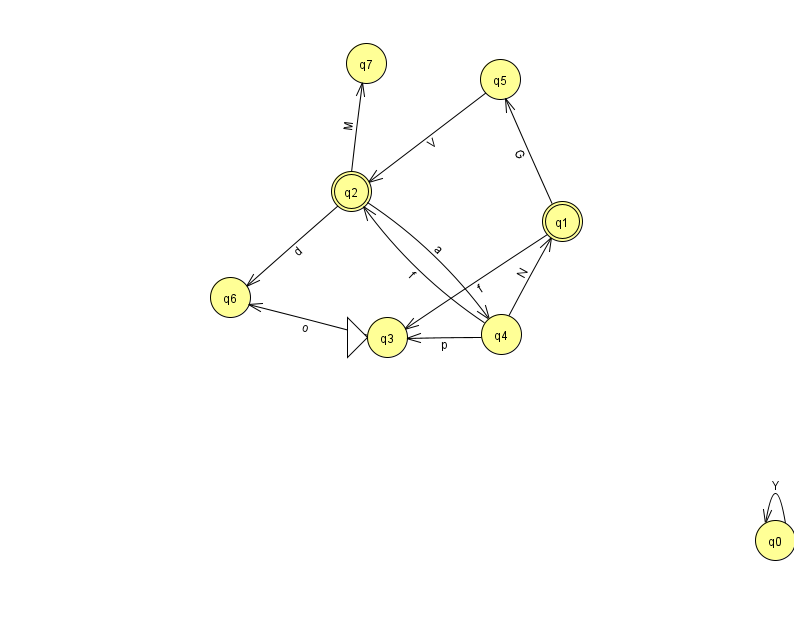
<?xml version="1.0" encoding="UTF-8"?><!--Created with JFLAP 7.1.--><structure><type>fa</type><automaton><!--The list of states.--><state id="0" name="q0"><x>775.0</x><y>527.0</y></state><state id="1" name="q1"><x>562.0</x><y>208.0</y><final/></state><state id="2" name="q2"><x>351.0</x><y>178.0</y><final/></state><state id="3" name="q3"><x>387.0</x><y>324.0</y><initial/></state><state id="4" name="q4"><x>501.0</x><y>321.0</y></state><state id="5" name="q5"><x>500.0</x><y>66.0</y></state><state id="6" name="q6"><x>230.0</x><y>284.0</y></state><state id="7" name="q7"><x>366.0</x><y>50.0</y></state><!--The list of transitions.--><transition><from>1</from><to>5</to><read>G</read></transition><transition><from>2</from><to>6</to><read>d</read></transition><transition><from>0</from><to>0</to><read>Y</read></transition><transition><from>4</from><to>2</to><read>f</read></transition><transition><from>3</from><to>6</to><read>o</read></transition><transition><from>4</from><to>3</to><read>p</read></transition><transition><from>5</from><to>2</to><read>V</read></transition><transition><from>4</from><to>1</to><read>N</read></transition><transition><from>2</from><to>4</to><read>a</read></transition><transition><from>2</from><to>7</to><read>M</read></transition><transition><from>1</from><to>3</to><read>f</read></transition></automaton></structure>